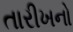
તારીખનો